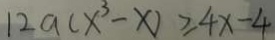
1 2 a ( x ^ { 3 } - x ) \geq 4 x - 4